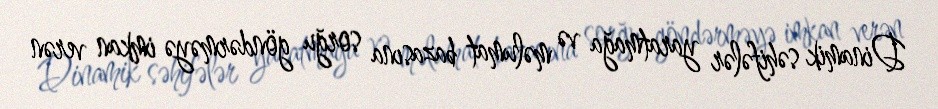
Dinamik səhifələr yaratmağa və məlumat bazasına sorğu göndərməyə imkan verən